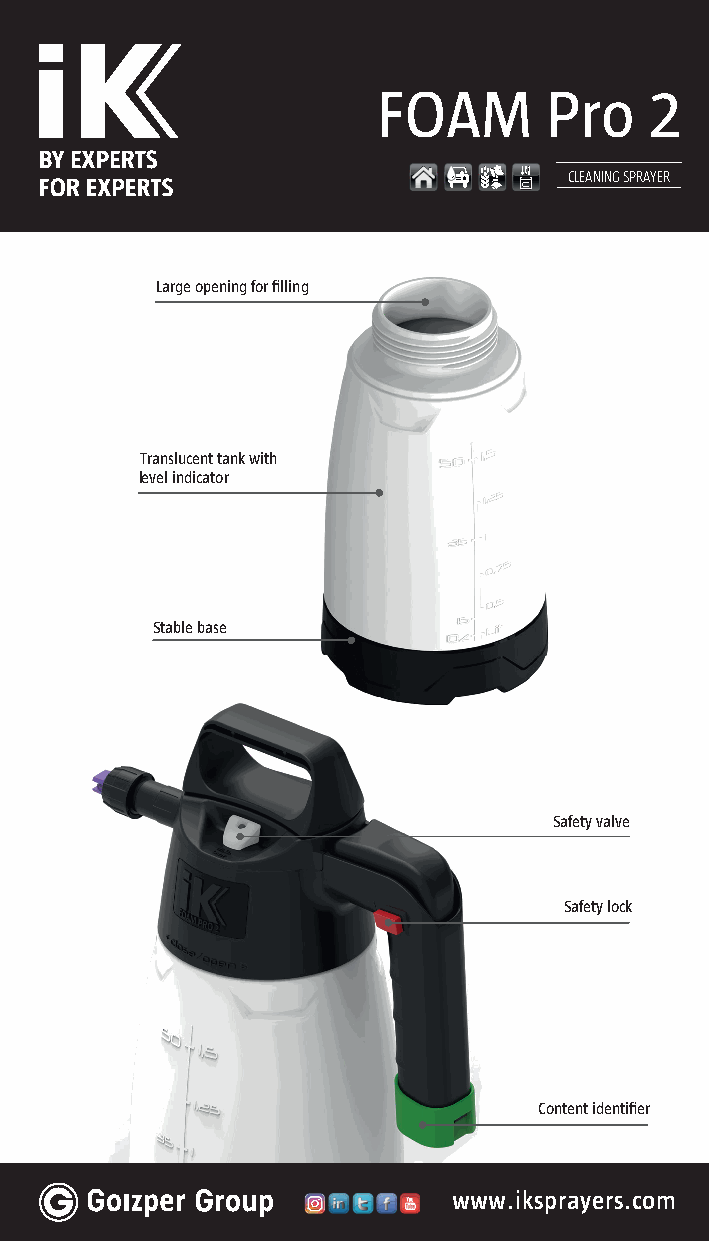
FOAM       Pro    2
 CLEANING SPRAYER
 Large opening for fi lling
 Translucent tank with
 level indicator
 Stable base
 Safety valve
 Safety lock
 Content identifi er
 www.iksprayers.com